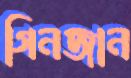
গিনজান